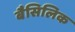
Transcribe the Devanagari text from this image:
बैसिलिक